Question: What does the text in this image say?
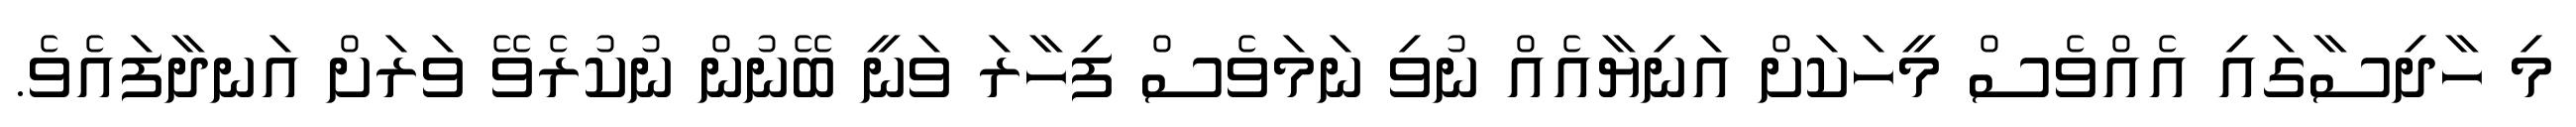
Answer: މި ހާދިސާގައި އެއްވެސް މީހަކަށް އަނިޔާއެއް ނުވި ނަމަވެސް ފިހާރަ ވަނީ ބޭނުން ނުކުރެވޭ ވަރަށް އަނދާފައެވެ.